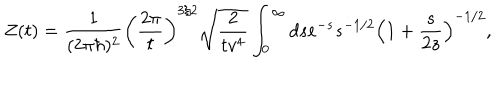
Z ( t ) = { \frac { 1 } { ( 2 \pi \hbar ) ^ { 2 } } } \left( { \frac { 2 \pi } { t } } \right) ^ { 3 / 2 } \sqrt { { \frac { 2 } { t v ^ { 4 } } } } \int _ { 0 } ^ { \infty } d s e ^ { - s } s ^ { - 1 / 2 } \left( 1 + { \frac { s } { 2 z } } \right) ^ { - 1 / 2 } ,